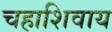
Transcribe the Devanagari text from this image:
चहाशिवाय